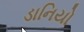
ડાનિયો